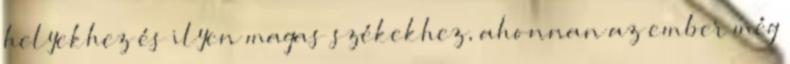
helyekhez és ilyen magas székekhez, ahonnan az ember még